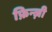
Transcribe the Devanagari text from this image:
फ़िन्ज़ी